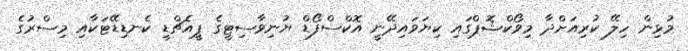
މުޅިން ހިލޭ ކުރިއަށްދާ މިވޯކްޝޮޕްގައި ކިޔަވައިދޭނީ އޮކްސްފޯޑް ޔުނިވާސިޓީގެ ޕީއެޗްޑީ ކެނޑިޑޭޓަކާއި މިސްރުގެ